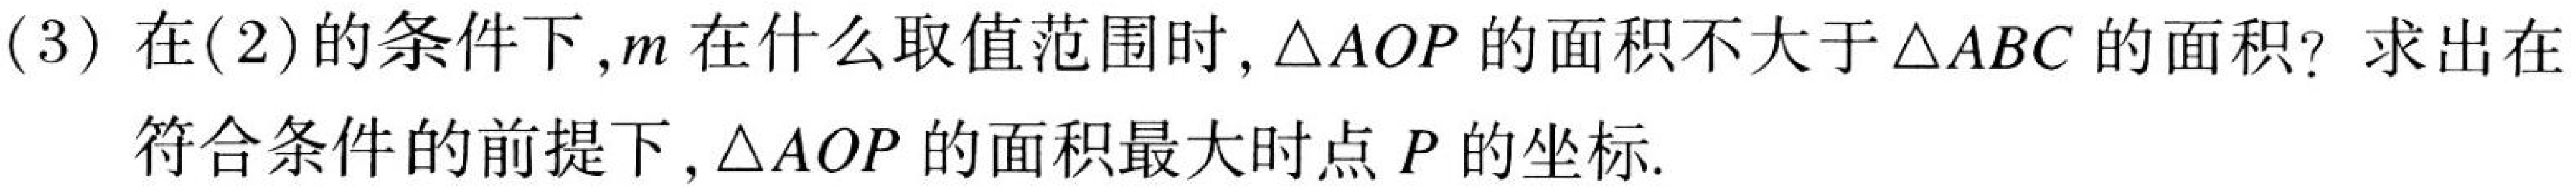
(3) 在(2)的条件下,$m$在什么取值范围时,$\triangle AOP$的面积不大于$\triangle ABC$的面积? 求出在
符合条件的前提下,$\triangle AOP$的面积最大时点$P$的坐标.